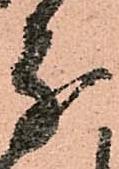
分